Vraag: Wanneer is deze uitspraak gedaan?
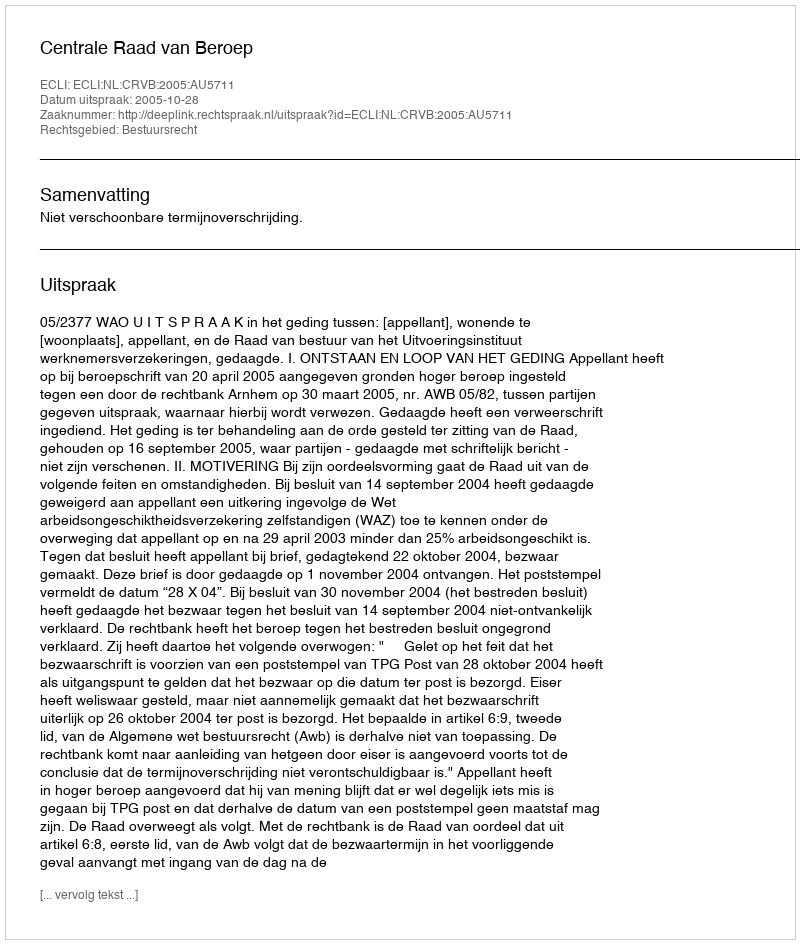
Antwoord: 2005-10-28